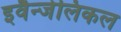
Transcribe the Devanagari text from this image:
इवैन्जेलिकल